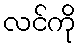
လင်ကို